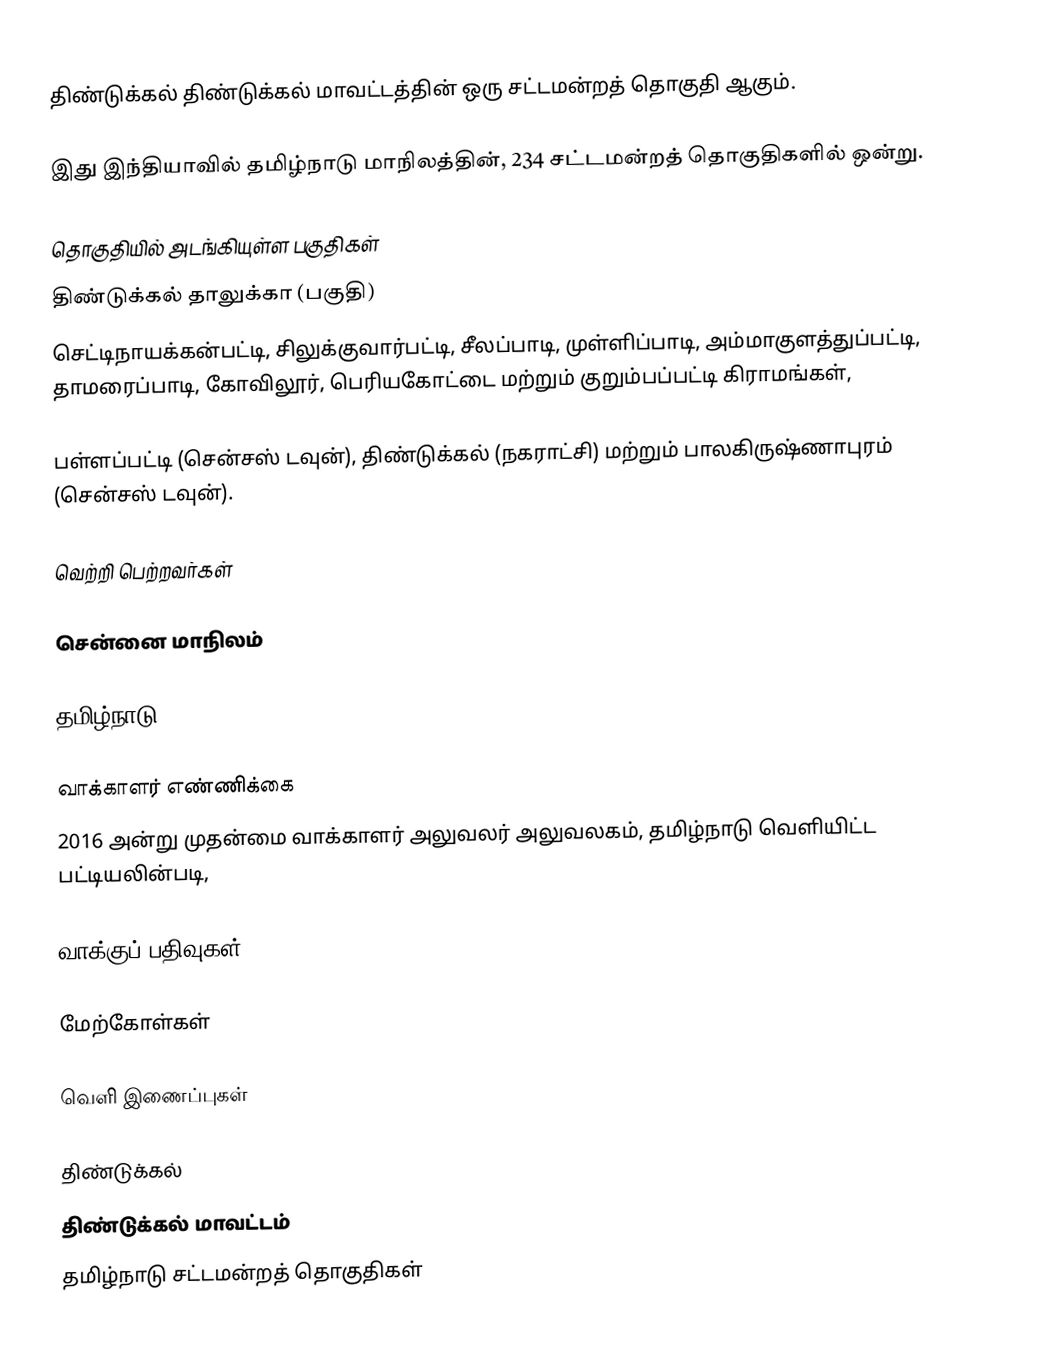
திண்டுக்கல் திண்டுக்கல் மாவட்டத்தின் ஒரு சட்டமன்றத் தொகுதி ஆகும்.

இது இந்தியாவில் தமிழ்நாடு மாநிலத்தின், 234 சட்டமன்றத் தொகுதிகளில் ஒன்று.

தொகுதியில் அடங்கியுள்ள பகுதிகள்
திண்டுக்கல் தாலுக்கா (பகுதி)
செட்டிநாயக்கன்பட்டி, சிலுக்குவார்பட்டி, சீலப்பாடி, முள்ளிப்பாடி, அம்மாகுளத்துப்பட்டி, தாமரைப்பாடி, கோவிலூர், பெரியகோட்டை மற்றும் குறும்பப்பட்டி கிராமங்கள்,

பள்ளப்பட்டி (சென்சஸ் டவுன்), திண்டுக்கல் (நகராட்சி) மற்றும் பாலகிருஷ்ணாபுரம் (சென்சஸ் டவுன்).

வெற்றி பெற்றவர்கள்

சென்னை மாநிலம்

தமிழ்நாடு

வாக்காளர் எண்ணிக்கை
2016 அன்று முதன்மை வாக்காளர் அலுவலர் அலுவலகம், தமிழ்நாடு வெளியிட்ட பட்டியலின்படி,

வாக்குப் பதிவுகள்

மேற்கோள்கள்

வெளி இணைப்புகள்

திண்டுக்கல்
திண்டுக்கல் மாவட்டம்
தமிழ்நாடு சட்டமன்றத் தொகுதிகள்